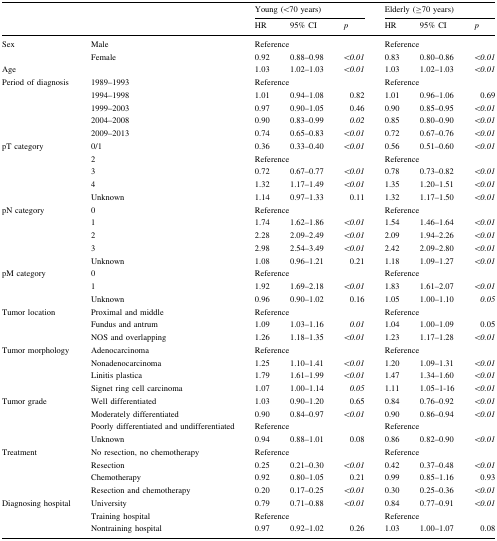
<table><thead><tr><td rowspan="2" colspan="2"></td><td colspan="3"><b>Young (&lt;70 years)</b></td><td colspan="3"><b>Elderly (≥70 years)</b></td></tr><tr><td><b>HR</b></td><td><b>95% CI</b></td><td><b><i>p</i></b></td><td><b>HR</b></td><td><b>95% CI</b></td><td><b><i>p</i></b></td></tr></thead><tbody><tr><td rowspan="2">Sex</td><td>Male</td><td colspan="3">Reference</td><td colspan="3">Reference</td></tr><tr><td>Female</td><td>0.92</td><td>0.88–0.98</td><td><i>&lt;0.01</i></td><td>0.83</td><td>0.80–0.86</td><td><i>&lt;0.01</i></td></tr><tr><td>Age</td><td></td><td>1.03</td><td>1.02–1.03</td><td><i>&lt;0.01</i></td><td>1.03</td><td>1.02–1.03</td><td><i>&lt;0.01</i></td></tr><tr><td rowspan="5">Period of diagnosis</td><td>1989–1993</td><td colspan="3">Reference</td><td colspan="3">Reference</td></tr><tr><td>1994–1998</td><td>1.01</td><td>0.94–1.08</td><td>0.82</td><td>1.01</td><td>0.96–1.06</td><td>0.69</td></tr><tr><td>1999–2003</td><td>0.97</td><td>0.90–1.05</td><td>0.46</td><td>0.90</td><td>0.85–0.95</td><td><i>&lt;0.01</i></td></tr><tr><td>2004–2008</td><td>0.90</td><td>0.83–0.99</td><td><i>0.02</i></td><td>0.85</td><td>0.80–0.90</td><td><i>&lt;0.01</i></td></tr><tr><td>2009–2013</td><td>0.74</td><td>0.65–0.83</td><td><i>&lt;0.01</i></td><td>0.72</td><td>0.67–0.76</td><td><i>&lt;0.01</i></td></tr><tr><td rowspan="5">pT category</td><td>0/1</td><td>0.36</td><td>0.33–0.40</td><td><i>&lt;0.01</i></td><td>0.56</td><td>0.51–0.60</td><td><i>&lt;0.01</i></td></tr><tr><td>2</td><td colspan="3">Reference</td><td colspan="3">Reference</td></tr><tr><td>3</td><td>0.72</td><td>0.67–0.77</td><td><i>&lt;0.01</i></td><td>0.78</td><td>0.73–0.82</td><td><i>&lt;0.01</i></td></tr><tr><td>4</td><td>1.32</td><td>1.17–1.49</td><td><i>&lt;0.01</i></td><td>1.35</td><td>1.20–1.51</td><td><i>&lt;0.01</i></td></tr><tr><td>Unknown</td><td>1.14</td><td>0.97–1.33</td><td>0.11</td><td>1.32</td><td>1.17–1.50</td><td><i>&lt;0.01</i></td></tr><tr><td rowspan="5">pN category</td><td>0</td><td colspan="3">Reference</td><td colspan="3">Reference</td></tr><tr><td>1</td><td>1.74</td><td>1.62–1.86</td><td><i>&lt;0.01</i></td><td>1.54</td><td>1.46–1.64</td><td><i>&lt;0.01</i></td></tr><tr><td>2</td><td>2.28</td><td>2.09–2.49</td><td><i>&lt;0.01</i></td><td>2.09</td><td>1.94–2.26</td><td><i>&lt;0.01</i></td></tr><tr><td>3</td><td>2.98</td><td>2.54–3.49</td><td><i>&lt;0.01</i></td><td>2.42</td><td>2.09–2.80</td><td><i>&lt;0.01</i></td></tr><tr><td>Unknown</td><td>1.08</td><td>0.96–1.21</td><td>0.21</td><td>1.18</td><td>1.09–1.27</td><td><i>&lt;0.01</i></td></tr><tr><td rowspan="3">pM category</td><td>0</td><td colspan="3">Reference</td><td colspan="3">Reference</td></tr><tr><td>1</td><td>1.92</td><td>1.69–2.18</td><td><i>&lt;0.01</i></td><td>1.83</td><td>1.61–2.07</td><td><i>&lt;0.01</i></td></tr><tr><td>Unknown</td><td>0.96</td><td>0.90–1.02</td><td>0.16</td><td>1.05</td><td>1.00–1.10</td><td><i>0.05</i></td></tr><tr><td rowspan="3">Tumor location</td><td>Proximal and middle</td><td colspan="3">Reference</td><td colspan="3">Reference</td></tr><tr><td>Fundus and antrum</td><td>1.09</td><td>1.03–1.16</td><td><i>0.01</i></td><td>1.04</td><td>1.00–1.09</td><td>0.05</td></tr><tr><td>NOS and overlapping</td><td>1.26</td><td>1.18–1.35</td><td><i>&lt;0.01</i></td><td>1.23</td><td>1.17–1.28</td><td><i>&lt;0.01</i></td></tr><tr><td rowspan="4">Tumor morphology</td><td>Adenocarcinoma</td><td colspan="3">Reference</td><td colspan="3">Reference</td></tr><tr><td>Nonadenocarcinoma</td><td>1.25</td><td>1.10–1.41</td><td><i>&lt;0.01</i></td><td>1.20</td><td>1.09–1.31</td><td><i>&lt;0.01</i></td></tr><tr><td>Linitis plastica</td><td>1.79</td><td>1.61–1.99</td><td><i>&lt;0.01</i></td><td>1.47</td><td>1.34–1.60</td><td><i>&lt;0.01</i></td></tr><tr><td>Signet ring cell carcinoma</td><td>1.07</td><td>1.00–1.14</td><td><i>0.05</i></td><td>1.11</td><td>1.05–1-16</td><td><i>&lt;0.01</i></td></tr><tr><td rowspan="4">Tumor grade</td><td>Well differentiated</td><td>1.03</td><td>0.90–1.20</td><td>0.65</td><td>0.84</td><td>0.76–0.92</td><td><i>&lt;0.01</i></td></tr><tr><td>Moderately differentiated</td><td>0.90</td><td>0.84–0.97</td><td><i>&lt;0.01</i></td><td>0.90</td><td>0.86–0.94</td><td><i>&lt;0.01</i></td></tr><tr><td>Poorly differentiated and undifferentiated</td><td colspan="3">Reference</td><td colspan="3">Reference</td></tr><tr><td>Unknown</td><td>0.94</td><td>0.88–1.01</td><td>0.08</td><td>0.86</td><td>0.82–0.90</td><td><i>&lt;0.01</i></td></tr><tr><td rowspan="4">Treatment</td><td>No resection, no chemotherapy</td><td colspan="3">Reference</td><td colspan="3">Reference</td></tr><tr><td>Resection</td><td>0.25</td><td>0.21–0.30</td><td><i>&lt;0.01</i></td><td>0.42</td><td>0.37–0.48</td><td><i>&lt;0.01</i></td></tr><tr><td>Chemotherapy</td><td>0.92</td><td>0.80–1.05</td><td>0.21</td><td>0.99</td><td>0.85–1.16</td><td>0.93</td></tr><tr><td>Resection and chemotherapy</td><td>0.20</td><td>0.17–0.25</td><td><i>&lt;0.01</i></td><td>0.30</td><td>0.25–0.36</td><td><i>&lt;0.01</i></td></tr><tr><td rowspan="3">Diagnosing hospital</td><td>University</td><td>0.79</td><td>0.71–0.88</td><td><i>&lt;0.01</i></td><td>0.84</td><td>0.77–0.91</td><td><i>&lt;0.01</i></td></tr><tr><td>Training hospital</td><td colspan="3">Reference</td><td colspan="3">Reference</td></tr><tr><td>Nontraining hospital</td><td>0.97</td><td>0.92–1.02</td><td>0.26</td><td>1.03</td><td>1.00–1.07</td><td>0.08</td></tr></tbody></table>